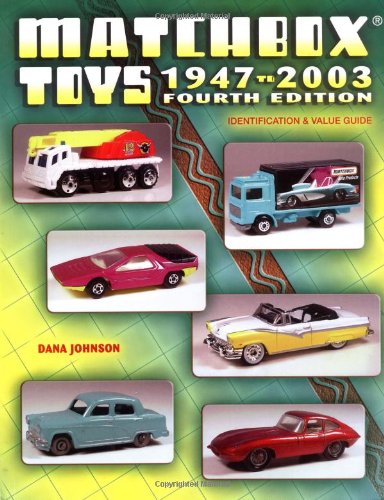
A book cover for Matchbox Toys 1947-2003: Identification & Value Guide, 4th Edition; Dana Johnson; Crafts, Hobbies & Home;